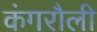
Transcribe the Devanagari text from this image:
कंगरौली